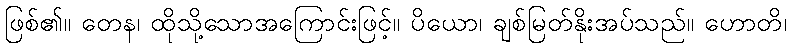
ဖြစ်၏။ တေန၊ ထိုသို့သောအကြောင်းဖြင့်။ ပိယော၊ ချစ်မြတ်နိုးအပ်သည်။ ဟောတိ၊